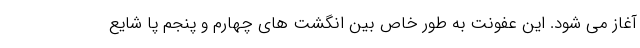
آغاز می شود. این عفونت به طور خاص بین انگشت های چهارم و پنجم پا شایع